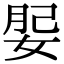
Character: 𡝑